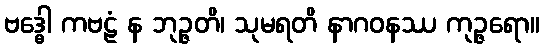
ဗဒ္ဓေါ ကဗဠံ န ဘုဉ္ဇတိ၊ သုမရတိ နာဂဝနဿ ကုဉ္ဇရော။